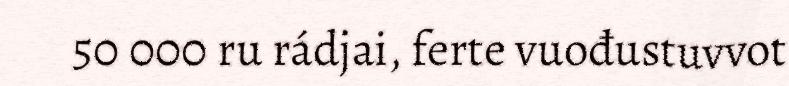
50 000 ru rádjai, ferte vuođustuvvot